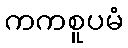
ကကစူပမံ